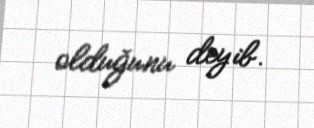
olduğunu deyib.